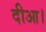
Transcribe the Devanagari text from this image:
दीआ।